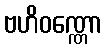
ဗဟိဝဏ္ဏော